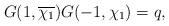
LaTeX: \begin{align*} G(1,\overline{\chi_{1}})G(-1,\chi_{1})=q, \end{align*}